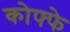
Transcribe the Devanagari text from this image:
कोफ्फे